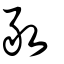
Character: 敢